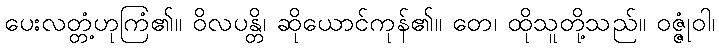
ပေးလတ္တံ့ဟုကြံ၏။ ဝိလပန္တိ၊ ဆိုယောင်ကုန်၏။ တေ၊ ထိုသူတို့သည်။ ဝဇ္ဇုံဝါ၊